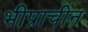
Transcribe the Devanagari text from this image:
भीप्राचीन